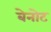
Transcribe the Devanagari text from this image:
बेनोट